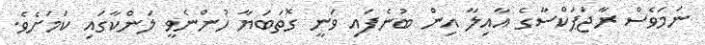
ނަމަވެސް ރާޖަޕަކްސާގެ އާއިލާ އިން ބުނެފައި ވަނީ ގޮތަބަޔާ ހުންނެވީ ލަންކާގައި ކަމަށެވެ.